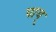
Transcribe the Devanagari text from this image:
पाय्